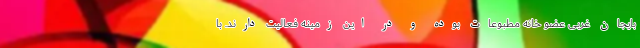
بایجان غربی عضو خانه مطبوعات بوده و در این زمینه فعالیت دارند. با